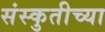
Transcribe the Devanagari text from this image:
संस्कुतीच्या